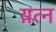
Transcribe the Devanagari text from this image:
य़त्न